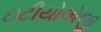
ઇટીયોલોજી